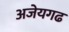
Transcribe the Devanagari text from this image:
अजेयगढ